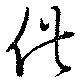
供